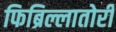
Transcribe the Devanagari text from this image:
फिब्रिल्लातोरी